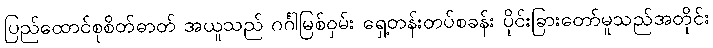
ပြည်ထောင်စုစိတ်ဓာတ် အယူသည် ဂင်္ဂါမြစ်ဝှမ်း ရှေ့တန်းတပ်စခန်း ပိုင်းခြားတော်မူသည်အတိုင်း